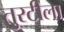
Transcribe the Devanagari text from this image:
तुरटीला